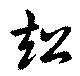
超